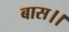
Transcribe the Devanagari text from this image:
बास।।